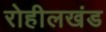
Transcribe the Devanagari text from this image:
रोहीलखंड